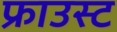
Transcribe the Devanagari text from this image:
फ्राउस्ट